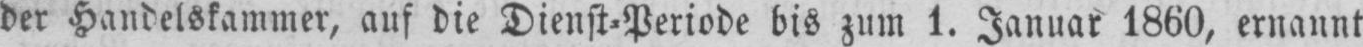
der Handelskammer, auf die Dienst⸗Periode bis zum 1. Januar 1860, ernannt